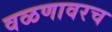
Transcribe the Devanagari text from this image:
वळणावरच